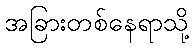
အခြားတစ်နေရာသို့